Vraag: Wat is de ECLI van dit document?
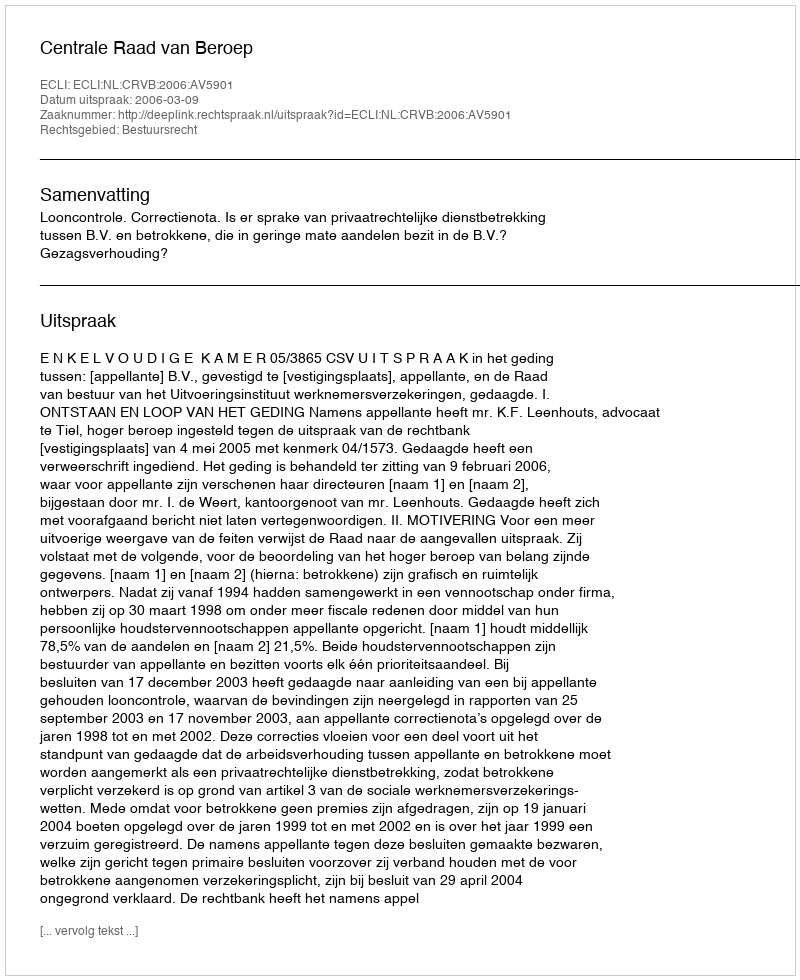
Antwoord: ECLI:NL:CRVB:2006:AV5901